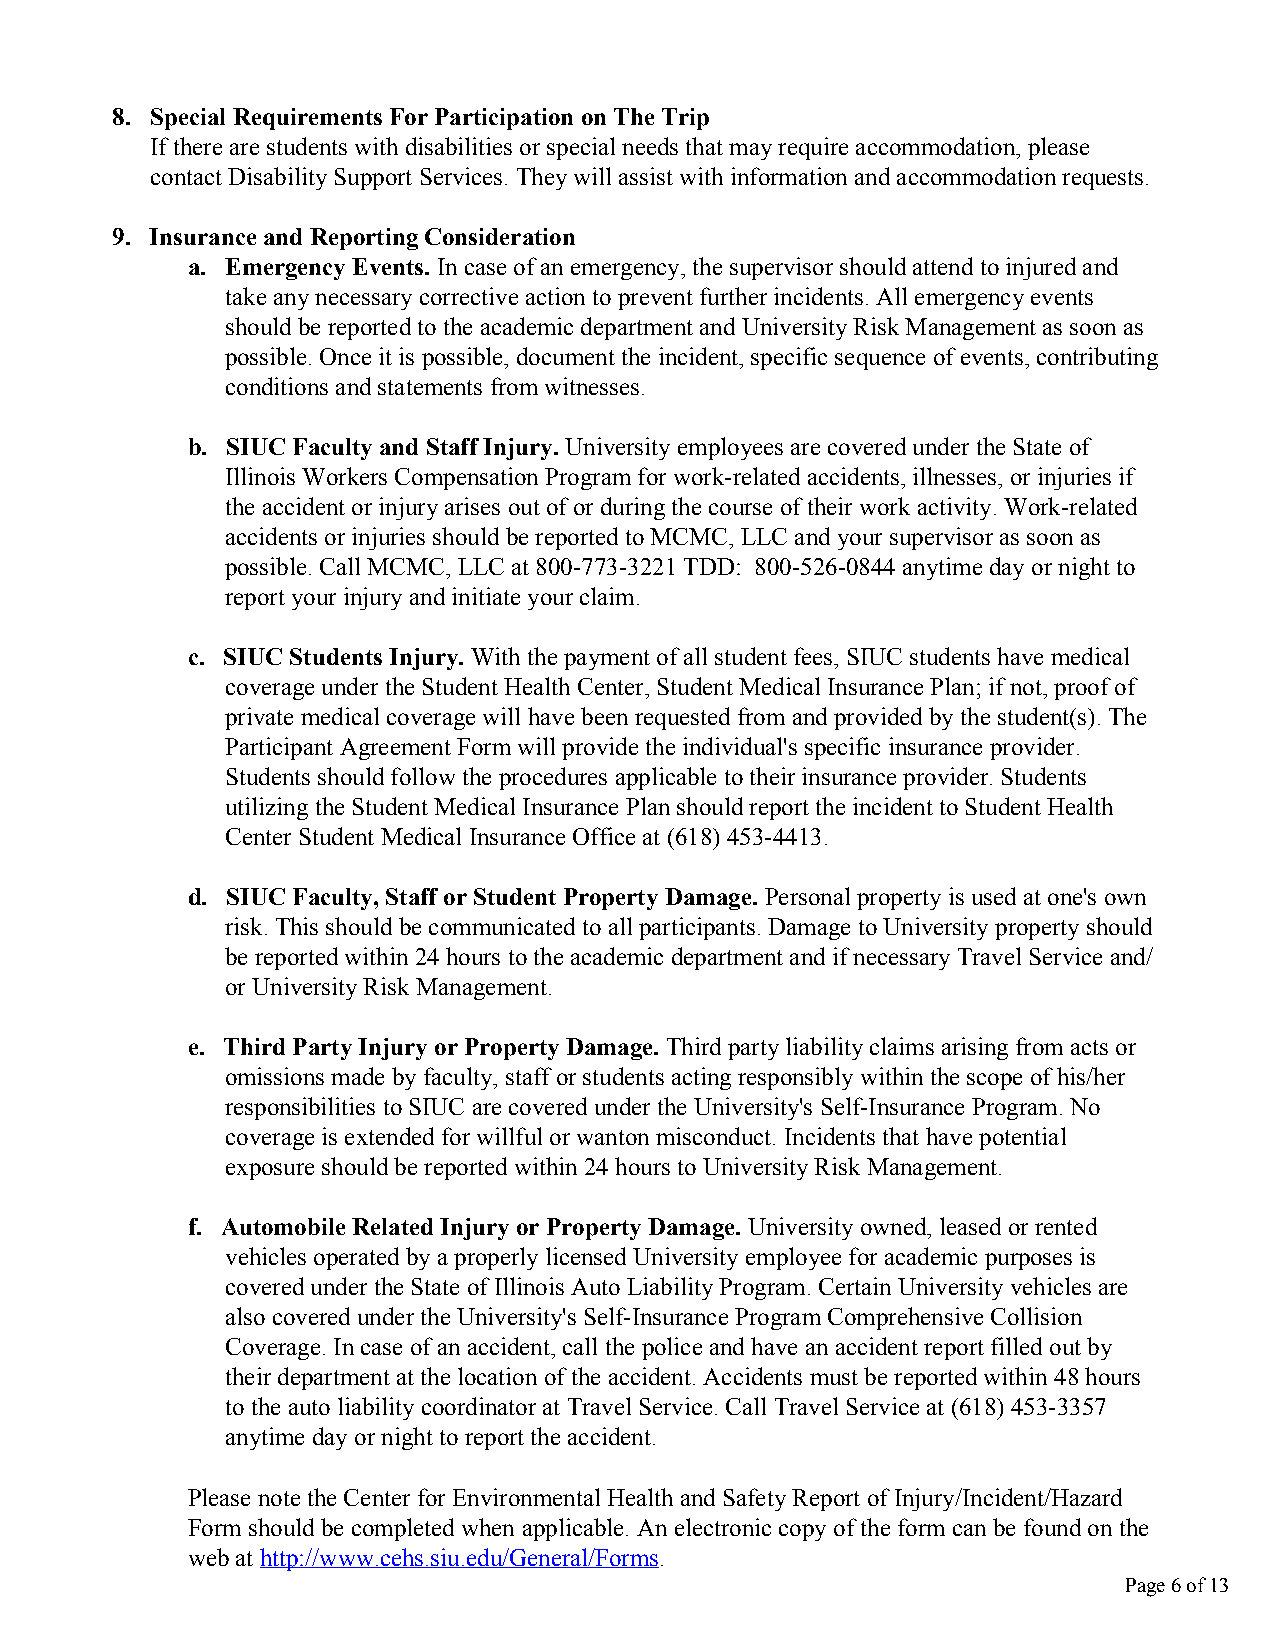
8. Special Requirements For Participation on The Trip
 If there are students with disabilities or special needs that may require accommodation, please
 contact Disability Support Services. They will assist with information and accommodation requests.
 9. Insurance and Reporting Consideration
 a. Emergency Events. In case of an emergency, the supervisor should attend to injured and
 take any necessary corrective action to prevent further incidents. All emergency events
 should be reported to the academic department and University Risk Management as soon as
 possible. Once it is possible, document the incident, specific sequence of events, contributing
 conditions and statements from witnesses.
 b. SIUC Faculty and Staff Injury. University employees are covered under the State of
 Illinois Workers Compensation Program for work-related accidents, illnesses, or injuries if
 the accident or injury arises out of or during the course of their work activity. Work-related
 accidents or injuries should be reported to MCMC, LLC and your supervisor as soon as
 possible. Call MCMC, LLC at 800-773-3221 TDD: 800-526-0844 anytime day or night to
 report your injury and initiate your claim.
 c. SIUC Students Injury. With the payment of all student fees, SIUC students have medical
 coverage under the Student Health Center, Student Medical Insurance Plan; if not, proof of
 private medical coverage will have been requested from and provided by the student(s). The
 Participant Agreement Form will provide the individual's specific insurance provider.
 Students should follow the procedures applicable to their insurance provider. Students
 utilizing the Student Medical Insurance Plan should report the incident to Student Health
 Center Student Medical Insurance Office at (618) 453-4413.
 d. SIUC Faculty, Staff or Student Property Damage. Personal property is used at one's own
 risk. This should be communicated to all participants. Damage to University property should
 be reported within 24 hours to the academic department and if necessary Travel Service and/
 or University Risk Management.
 e. Third Party Injury or Property Damage. Third party liability claims arising from acts or
 omissions made by faculty, staff or students acting responsibly within the scope of his/her
 responsibilities to SIUC are covered under the University's Self-Insurance Program. No
 coverage is extended for willful or wanton misconduct. Incidents that have potential
 exposure should be reported within 24 hours to University Risk Management.
 f. Automobile Related Injury or Property Damage. University owned, leased or rented
 vehicles operated by a properly licensed University employee for academic purposes is
 covered under the State of Illinois Auto Liability Program. Certain University vehicles are
 also covered under the University's Self-Insurance Program Comprehensive Collision
 Coverage. In case of an accident, call the police and have an accident report filled out by
 their department at the location of the accident. Accidents must be reported within 48 hours
 to the auto liability coordinator at Travel Service. Call Travel Service at (618) 453-3357
 anytime day or night to report the accident.
 Please note the Center for Environmental Health and Safety Report of Injury/Incident/Hazard
 Form should be completed when applicable. An electronic copy of the form can be found on the
 web at http://www.cehs.siu.edu/General/Forms.
 Page 6 of 13
 TTeexxtt FFiieelldd